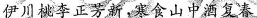
伊川桃李正芳新，寒食山中酒复春。